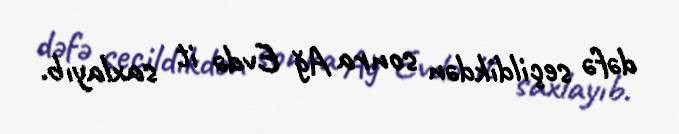
dəfə seçildikdən sonra Ağ Evdə it saxlayıb.